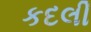
કદલી